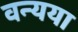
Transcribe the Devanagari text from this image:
वन्यया